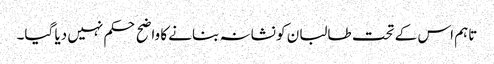
تاہم اس کے تحت طالبان کو نشانہ بنانے کا واضح حکم نہیں دیا گیا۔